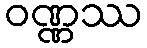
ဝဏ္ဏဿ